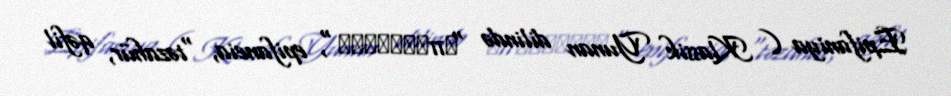
Epifaniya ( Klassik Yunan dilində "ἐπιφάνεια", epifaneia, "təzahür, qəfil